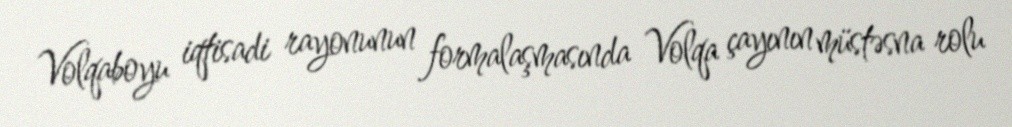
Volqaboyu iqtisadi rayonunun formalaşmasında Volqa çayının müstəsna rolu